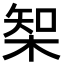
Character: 𣔇